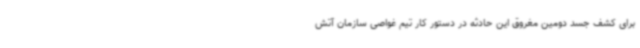
برای کشف جسد دومین مغروق این حادثه در دستور کار تیم غواصی سازمان آتش